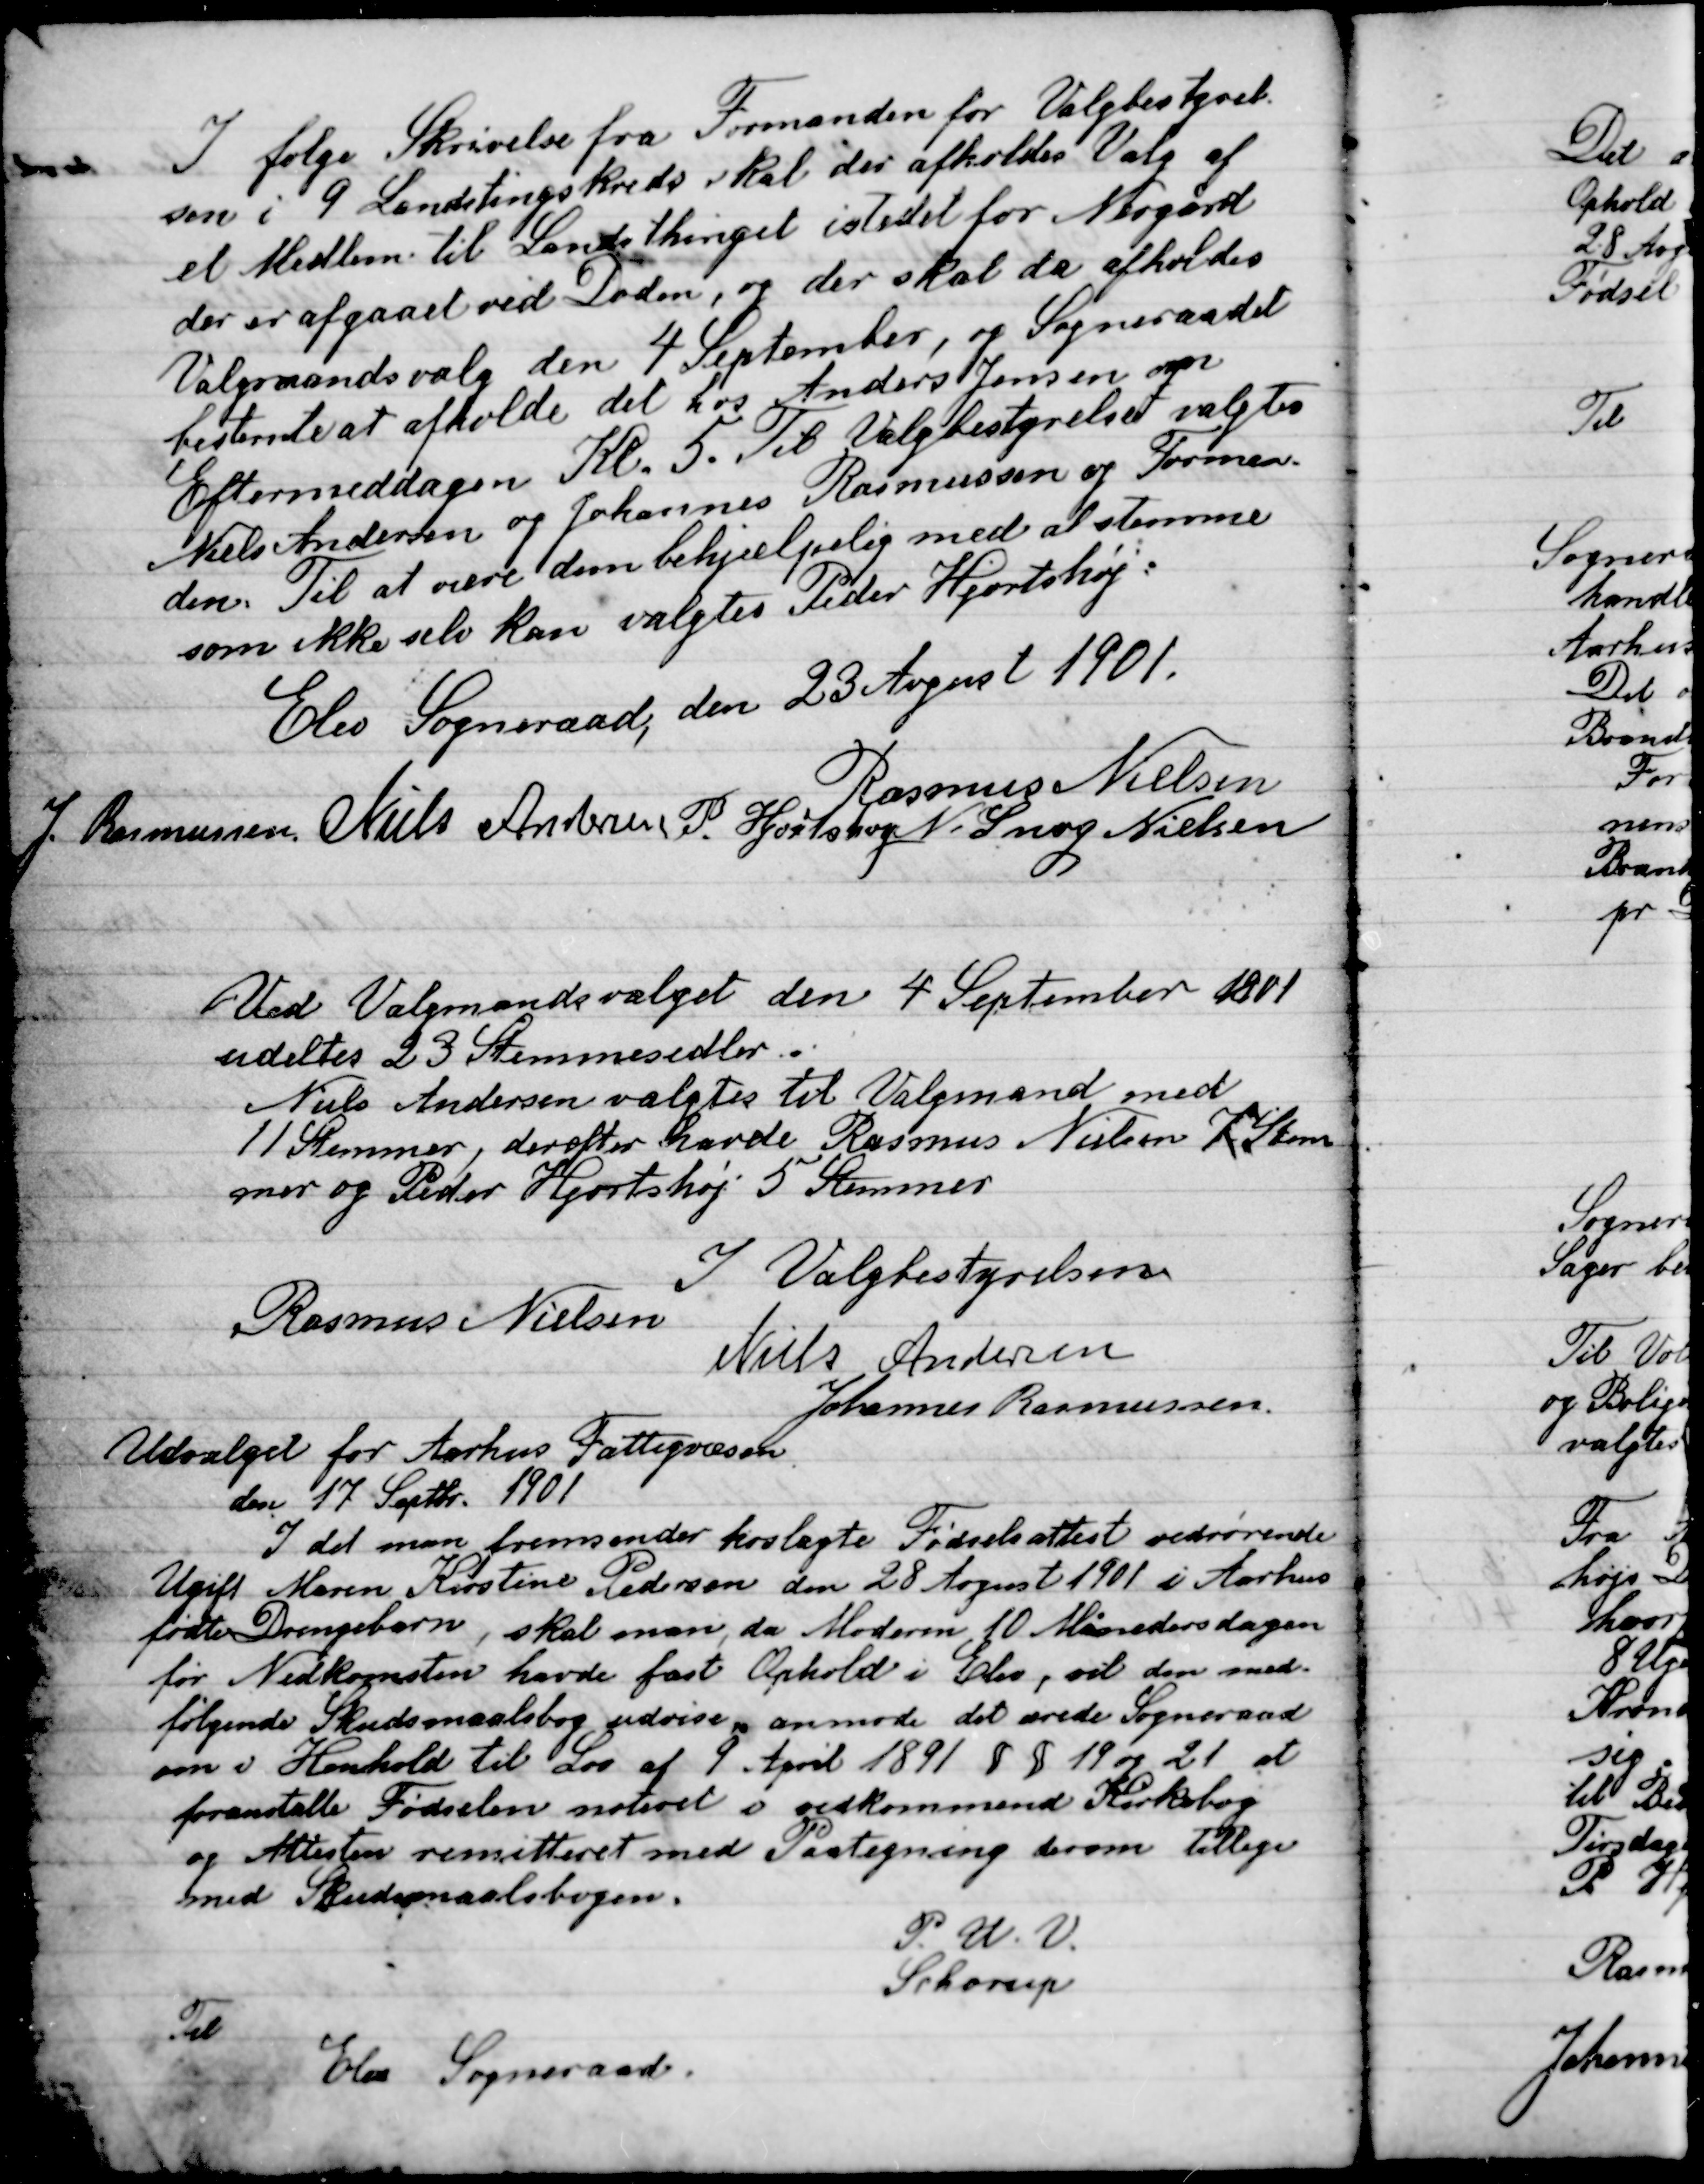
Transskription:
Ifølge Skrivelse fra Formanden for Valgbestyrel-
sen i 9 Landtingskreds skal der afholdes Valg af
et Medlem til Landstinget i stedet for Nygaard
der er afgaaet ved Døden, og der skal da afholdes
Valgmandsvalg den 4. September, og Sogneraadet
bestemte at afholde det hos Anders Jensen om
Eftermiddagen Kl. 5. til Valgbestyrelse valgtes
Niels Andersen og Johannes Rasmussen og Forman-
den. Til at være den behjælpelig med at stemme
som ikke selv kan valgtes Peder Hjortshøj.

Elev Sogneraad, den 23 August 1901

Rasmus Nielsen
J. Rasmussen
Niels Andersen
P. Hjortshøj
N. Snog Nielsen

Ved Valgmandsvalget den 4. September 1901
uddeltes 23 Stemmesedler.
Niels Andersen valgtes til Valgmand med
11 stemmer derefter havde Rasmus Nielsen 7 Stem-
mer og Peder Hjortshøj 5 Stemmer

I Valgbestyrelsen
Rasmus Nielsen
Niels Andersen
Johannes Rasmussen

Udvalget for Aarhus Fattigvæsen
Den 17 Septbr. 1901
I det man fremsender hoslagte Fødselsattest vedrørende
Ugift Marie Kirstine Pedersen den 28 April 1901 i Aarhus
født Drengebarn, skal man, da Moderen 10 Maanedersdagen
for Nedkomsten havde fast Ophold i Elev, vil den med-
følgende Skudsmaalsbog udvise anmode det ærede Sogneraad
om i Henholdt til den af 9 April 1891 § § 19 og 21 at
foranstalte Fødslen noteret i vedkommende Kirkebog
og Attesten remitteret med Paategning derom tilbage
med Skudmaalsbogen.
P.U.V.
Schorup
Til
Elev Sogneraad.